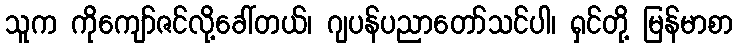
သူက ကိုကျော်ဇင်လို့ခေါ်တယ်၊ ဂျပန်ပညာတော်သင်ပါ၊ ရှင်တို့ မြန်မာစာ